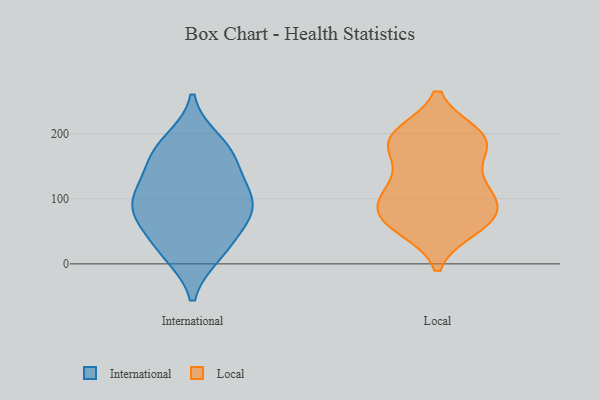
{"axis": {"x": "Inventory Turnover", "y": "Value"}, "legend": ["International", "Local"], "data": [{"x": "", "y": 112, "type": "International"}, {"x": "", "y": 165, "type": "International"}, {"x": "", "y": 16, "type": "International"}, {"x": "", "y": 80, "type": "International"}, {"x": "", "y": 42, "type": "International"}, {"x": "", "y": 188, "type": "International"}, {"x": "", "y": 93, "type": "International"}, {"x": "", "y": 17, "type": "International"}, {"x": "", "y": 77, "type": "International"}, {"x": "", "y": 80, "type": "International"}, {"x": "", "y": 149, "type": "International"}, {"x": "", "y": 174, "type": "International"}, {"x": "", "y": 111, "type": "International"}, {"x": "", "y": 71, "type": "Local"}, {"x": "", "y": 182, "type": "Local"}, {"x": "", "y": 79, "type": "Local"}, {"x": "", "y": 65, "type": "Local"}, {"x": "", "y": 180, "type": "Local"}, {"x": "", "y": 87, "type": "Local"}, {"x": "", "y": 60, "type": "Local"}, {"x": "", "y": 198, "type": "Local"}, {"x": "", "y": 185, "type": "Local"}, {"x": "", "y": 134, "type": "Local"}, {"x": "", "y": 196, "type": "Local"}, {"x": "", "y": 195, "type": "Local"}, {"x": "", "y": 113, "type": "Local"}, {"x": "", "y": 109, "type": "Local"}, {"x": "", "y": 56, "type": "Local"}, {"x": "", "y": 111, "type": "Local"}]}